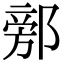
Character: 𨜷